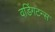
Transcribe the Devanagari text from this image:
वडिंगटन्स